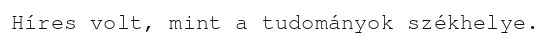
Híres volt, mint a tudományok székhelye.